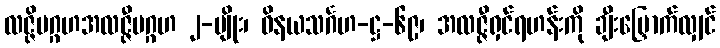
လဇ္ဇိပဂ္ဂဟအလဇ္ဇီပဂ္ဂဟ ၂-မျိုး၊ ဝိနယသင်္ဂဟ-ဋ္ဌ-၆၉၊ အလဇ္ဇီရှင်ရဟန်းကို ချီးမြှောက်လျှင်